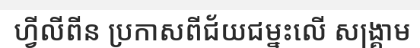
ហ្វីលីពីន ប្រកាសពីជ័យជម្នះលើ សង្គ្រាម